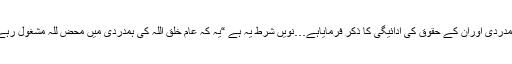
“حضرت اقدس مسیح موعودعلیہ السلام نے شرائط بیعت کی نویں شرط میں اللہ تعالیٰ کی مخلوق کی ہمدردی اوران کے حقوق کی ادائیگی کا ذکر فرمایاہے…نویں شرط یہ ہے “یہ کہ عام خلق اللہ کی ہمدردی میں محض للہ مشغول رہے گا اور جہاں تک بس چل سکتا ہے اپنی خداداد طاقتوں اور نعمتوں سے بنی نوع کو فائدہ پہنچائے گا۔